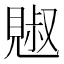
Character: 𧡕